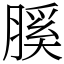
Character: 膎